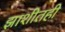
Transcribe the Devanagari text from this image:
झाशीतही